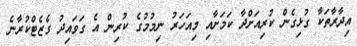
އިދާރާތަަކާ ގުޅިގެން ކުރިއަށްދާ ކަމަށާއި މިއަހަރު ނިމުމުގެ ކުރިން އެ ގަވައިދު ގެޒެޓްކުރާނެ